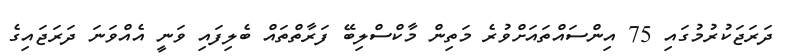
ދަރަޖަކުރުމުގައި 75 އިންސައްތައަށްވުރެ މަތިން މާކްސްލިބޭ ފަރާތްތައް ބެލިފައި ވަނީ އެއްވަނަ ދަރަޖައިގެ